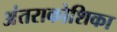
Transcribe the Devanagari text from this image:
अंतराकोशिका